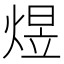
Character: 煜